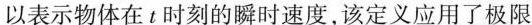
以表示物体在t时刻的瞬时速度，该定义应用了极限